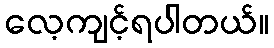
လေ့ကျင့်ရပါတယ်။